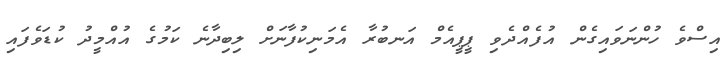
އިސްވެ ހުންނަވައިގެން އުފެއްދެވި ޕީޕީއެމް އަނބުރާ އެމަނިކުފާނަށް ލިބިދާނެ ކަމުގެ އުއްމީދު ކުޑަވެފައި